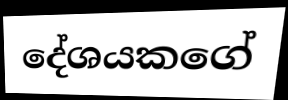
දේශයකගේ